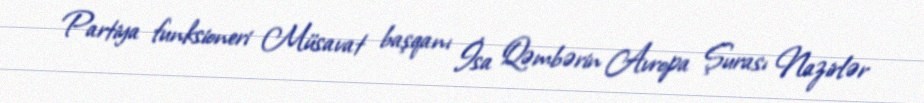
Partiya funksioneri Müsavat başqanı İsa Qəmbərin Avropa Şurası Nazirlər